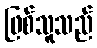
ဖြစ်သူသည်